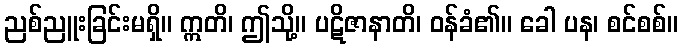
ညစ်ညူးခြင်းမရှိ။ ဣတိ၊ ဤသို့။ ပဋိဇာနာတိ၊ ဝန်ခံ၏။ ခေါ ပန၊ စင်စစ်။